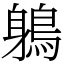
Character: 鵢